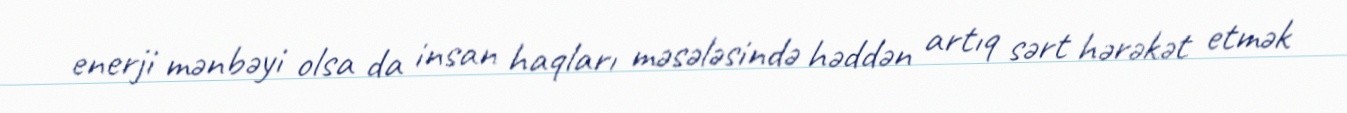
enerji mənbəyi olsa da insan haqları məsələsində həddən artıq sərt hərəkət etmək